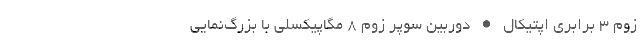
زوم 3 برابری اپتیکال • دوربین سوپر زوم 8 مگاپیکسلی با بزرگ‌نمایی